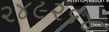
૨૪૯૨૬૪